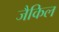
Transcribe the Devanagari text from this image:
जैकिल